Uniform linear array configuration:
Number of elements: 48
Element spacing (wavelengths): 0.75
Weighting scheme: uniform
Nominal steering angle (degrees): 15
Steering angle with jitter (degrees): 16.047
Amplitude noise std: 0.05
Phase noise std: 0.05

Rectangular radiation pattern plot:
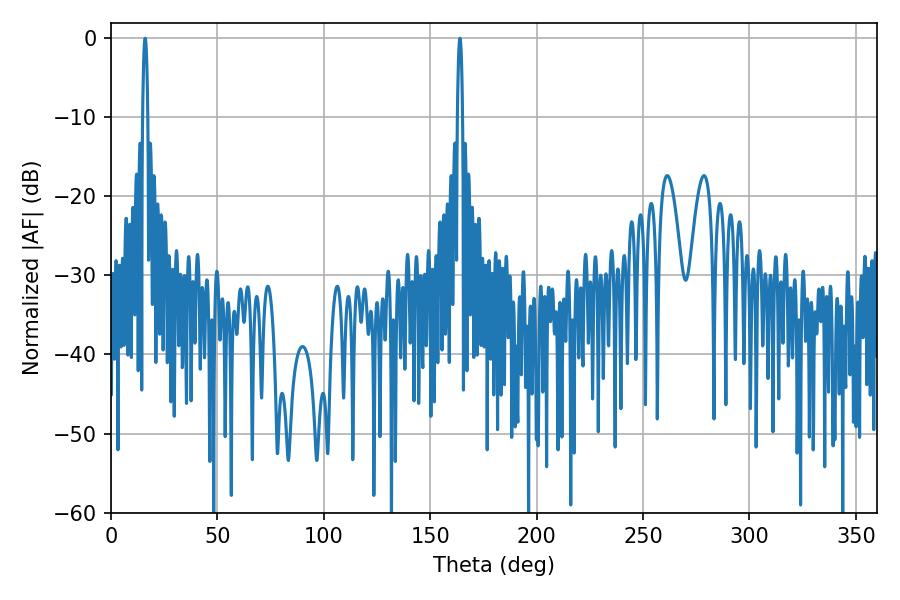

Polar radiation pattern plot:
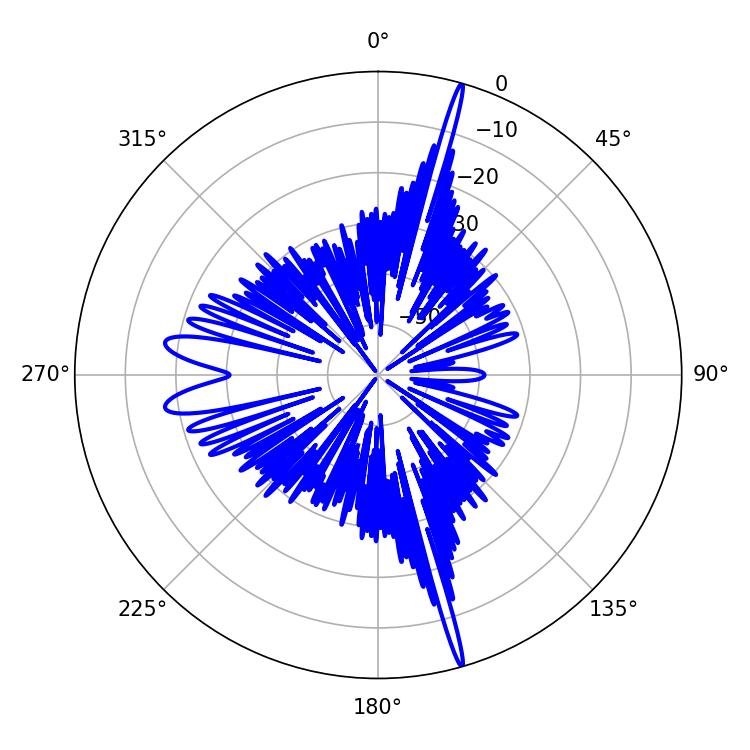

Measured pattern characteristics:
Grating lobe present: TRUE
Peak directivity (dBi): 22.781
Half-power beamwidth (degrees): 1.26
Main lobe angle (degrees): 16.02